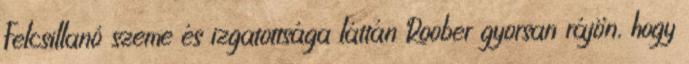
Felcsillanó szeme és izgatottsága láttán Roober gyorsan rájön, hogy